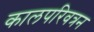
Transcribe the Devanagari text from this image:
कालपरिवत्रन